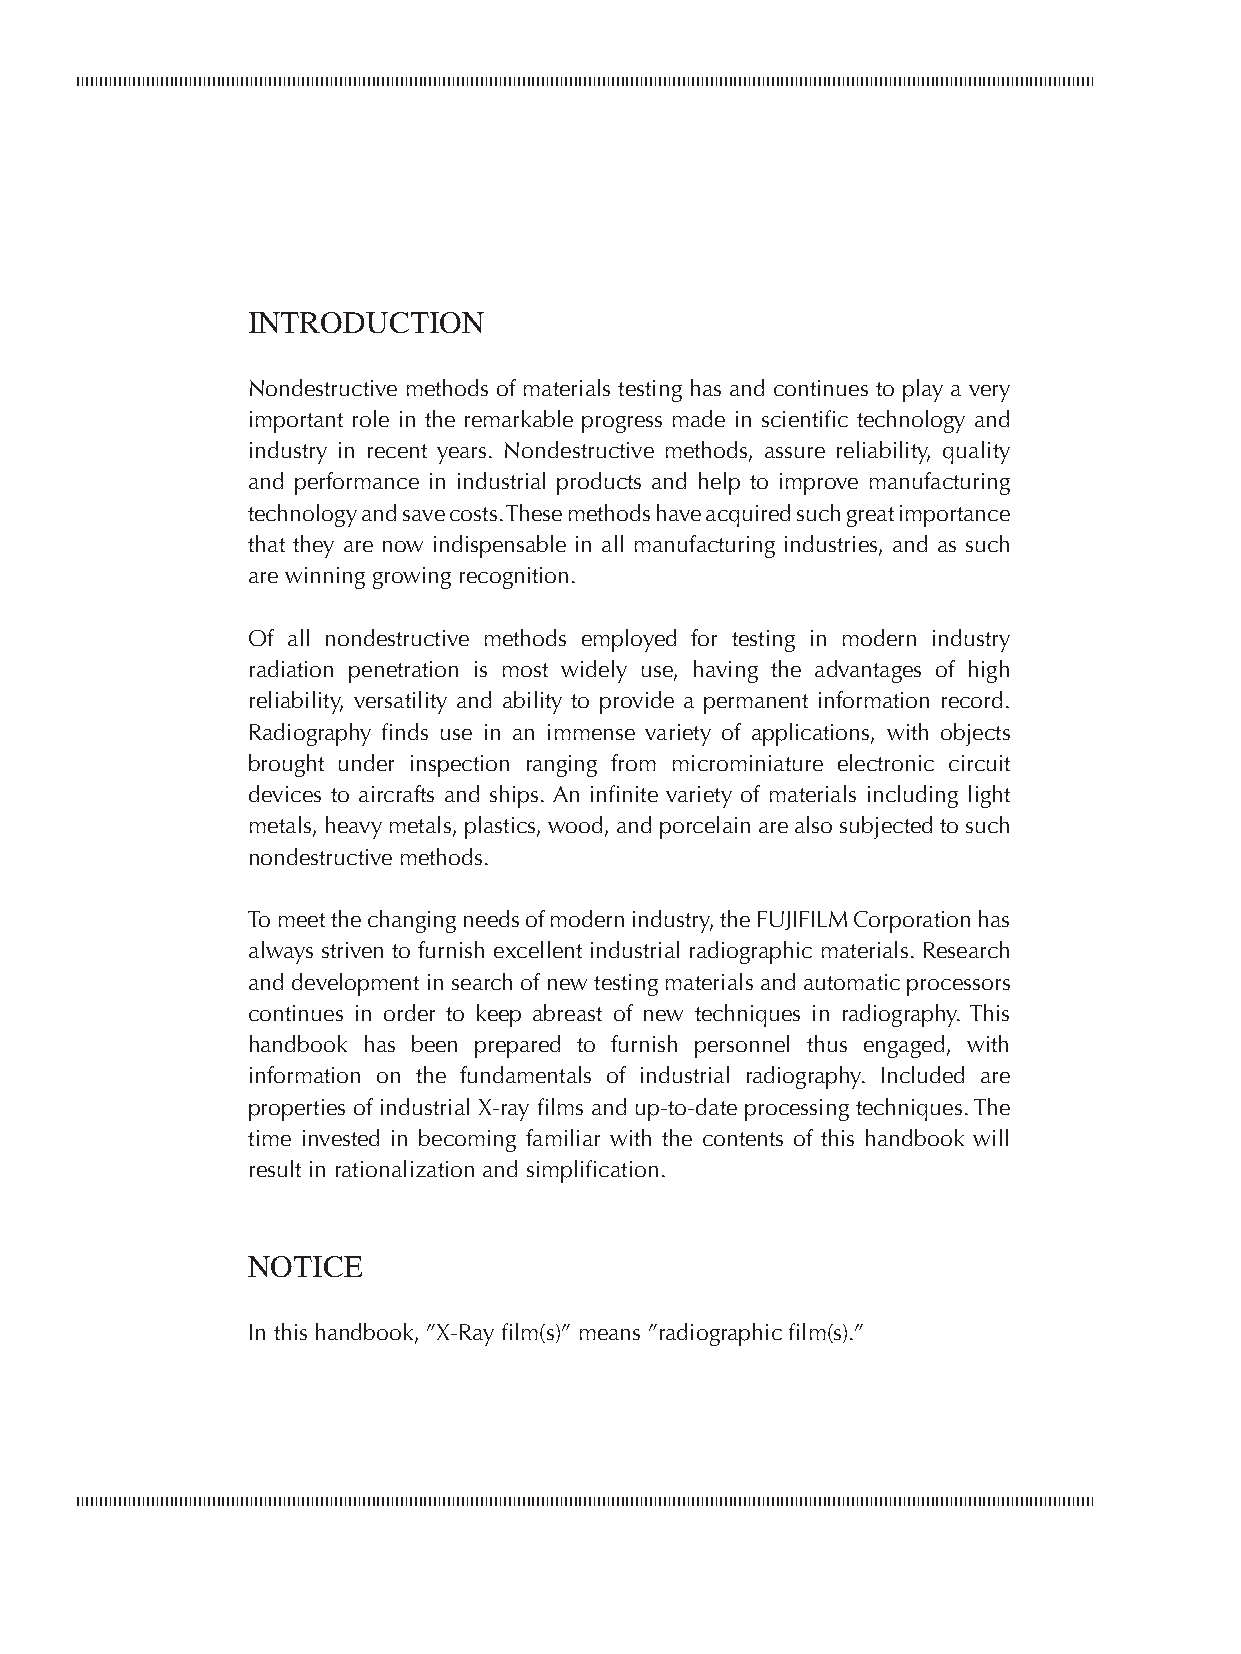
INTRODUCTION
 Nondestructive methods of materials testing has and continues to play a very
 important role in the remarkable progress made in scientific technology and
 industry in recent years. Nondestructive methods, assure reliability, quality
 and performance in industrial products and help to improve manufacturing
 technology and save costs. These methods have acquired such great importance
 that they are now indispensable in all manufacturing industries, and as such
 are winning growing recognition.
 Of all nondestructive methods employed for testing in modern industry
 radiation penetration is most widely use, having the advantages of high
 reliability, versatility and ability to provide a permanent information record.
 Radiography finds use in an immense variety of applications, with objects
 brought under inspection ranging from microminiature electronic circuit
 devices to aircrafts and ships. An infinite variety of materials including light
 metals, heavy metals, plastics, wood, and porcelain are also subjected to such
 nondestructive methods.
 To meet the changing needs of modern industry, the FUJIFILM Corporation has
 always striven to furnish excellent industrial radiographic materials. Research
 and development in search of new testing materials and automatic processors
 continues in order to keep abreast of new techniques in radiography. This
 handbook has been prepared to furnish personnel thus engaged, with
 information on the fundamentals of industrial radiography. Included are
 properties of industrial X-ray films and up-to-date processing techniques. The
 time invested in becoming familiar with the contents of this handbook will
 result in rationalization and simplification.
 NOTICE
 In this handbook, ”X-Ray film(s)” means ”radiographic film(s).”